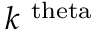
k ^ { \mathrm { \ t h e t a } }